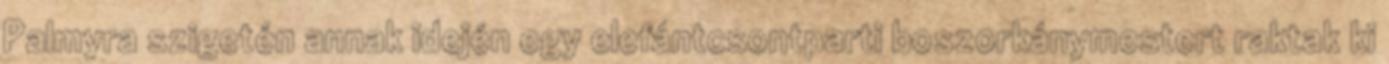
Palmyra szigetén annak idején egy elefántcsontparti boszorkánymestert raktak ki